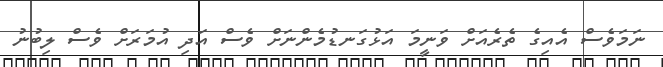
ނަމަވެސް އެއިގެ ތެރެއަށް ވަނީމަ އަޅުގަނޑުމެންނަށް ވެސް އަދި އުމަރަށް ވެސް ލިބުނު